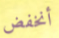
أنخفض